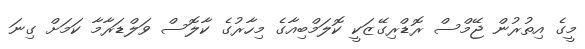
މީގެ އިތުރުން ޖޭމްސް ރޮޑްރިގޭޒަކީ ކޮލަމްބިއާގެ މިހާރުގެ ކާލޮސް ވަލްޑަރާމާ ކަމަށް ގިނަ